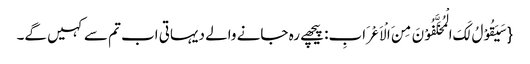
{سَیَقُوْلُ لَکَ الْمُخَلَّفُوْنَ مِنَ الْاَعْرَابِ: پیچھے رہ جانے والے دیہاتی اب تم سے کہیں گے۔